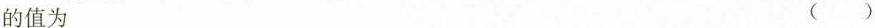
的值为 ( )